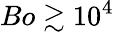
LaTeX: Bo\gtrsim 10^{4}